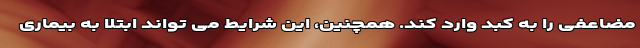
مضاعفی را به کبد وارد کند. همچنین، این شرایط می تواند ابتلا به بیماری